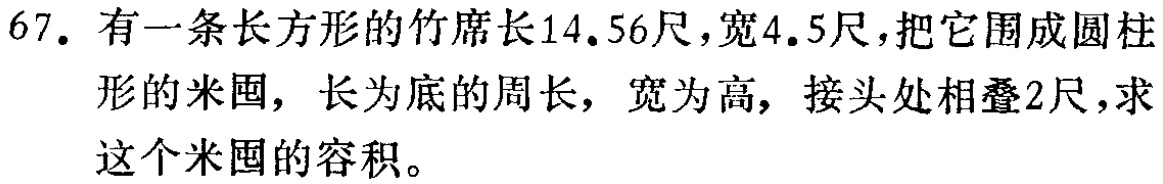
67. 有一条长方形的竹席长14.56尺，宽4.5尺，把它围成圆柱形的米囤，长为底的周长，宽为高，接头处相叠2尺，求这个米囤的容积。